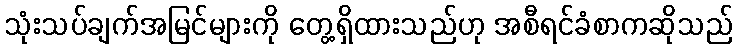
သုံးသပ်ချက်အမြင်များကို တွေ့ရှိထားသည်ဟု အစီရင်ခံစာကဆိုသည်